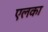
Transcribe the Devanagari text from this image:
एलका